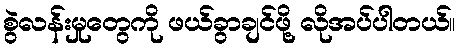
စွဲလန်းမှုတွေကို ဖယ်ခွာချင်ဖို့ လိုအပ်ပါတယ်။